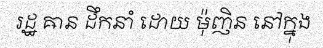
រដ្ឋ ឝាន ដឹកនាំ ដោយ ម៉ុញិន នៅក្នុង